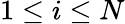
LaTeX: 1\le i\le N